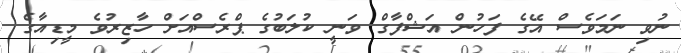
ނުވި ނަމަވެސް އޭގެ ފަހުން އަޝްފާގް ވަނީ ކުލަބުގެ ޕްރެސްއަށް ހާޒިރުވެ މީޑިއާގެ